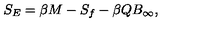
S _ { E } = \beta M - S _ { f } - \beta Q B _ { \infty } ,